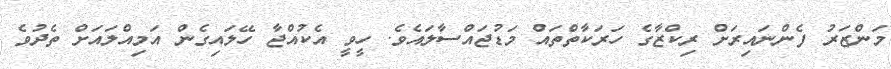
މަންޒަރު ފެންނައިރަށް ރިކްޒާގެ ހަރަކާތްތައް މަޑުޖައްސާލައެވެ. ހީވީ އެކުއްޖާ ހޭލައިގެން އަމިއްލައަށް ތެދުވެ